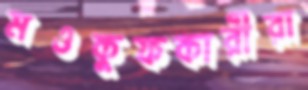
মওকুফকারীরা